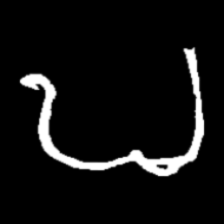
Pyu character \u2014 Myanmar letter: ဎ (romanized: ddha)